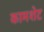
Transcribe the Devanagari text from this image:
कामशेट